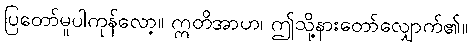
ပြတော်မူပါကုန်လော့။ ဣတိအာဟ၊ ဤသို့နားတော်လျှောက်၏။